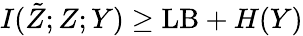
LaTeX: I(\tilde{Z};Z;Y)\ge\mathrm{LB}+H(Y)